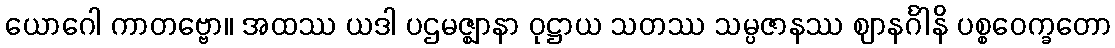
ယောဂေါ ကာတဗ္ဗော။ အထဿ ယဒါ ပဌမဇ္ဈာနာ ဝုဋ္ဌာယ သတဿ သမ္ပဇာနဿ ဈာနင်္ဂါနိ ပစ္စဝေက္ခတော